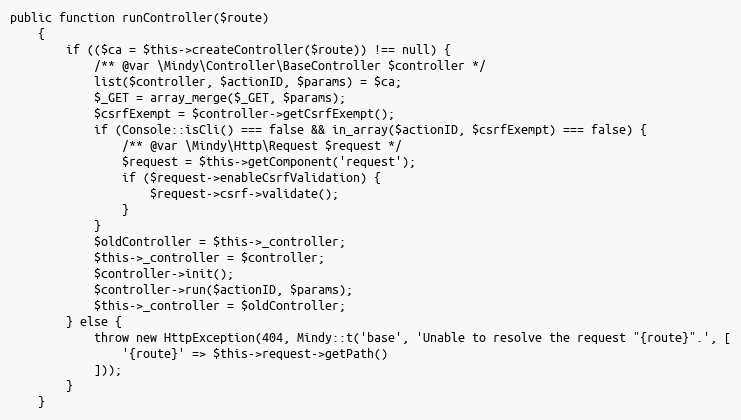
Language: PHP
public function runController($route)
    {
        if (($ca = $this->createController($route)) !== null) {
            /** @var \Mindy\Controller\BaseController $controller */
            list($controller, $actionID, $params) = $ca;
            $_GET = array_merge($_GET, $params);
            $csrfExempt = $controller->getCsrfExempt();
            if (Console::isCli() === false && in_array($actionID, $csrfExempt) === false) {
                /** @var \Mindy\Http\Request $request */
                $request = $this->getComponent('request');
                if ($request->enableCsrfValidation) {
                    $request->csrf->validate();
                }
            }
            $oldController = $this->_controller;
            $this->_controller = $controller;
            $controller->init();
            $controller->run($actionID, $params);
            $this->_controller = $oldController;
        } else {
            throw new HttpException(404, Mindy::t('base', 'Unable to resolve the request "{route}".', [
                '{route}' => $this->request->getPath()
            ]));
        }
    }